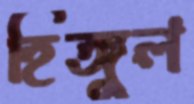
হিঙ্গুল